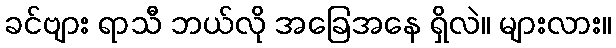
ခင်ဗျား ရာသီ ဘယ်လို အခြေအနေ ရှိလဲ။ များလား။